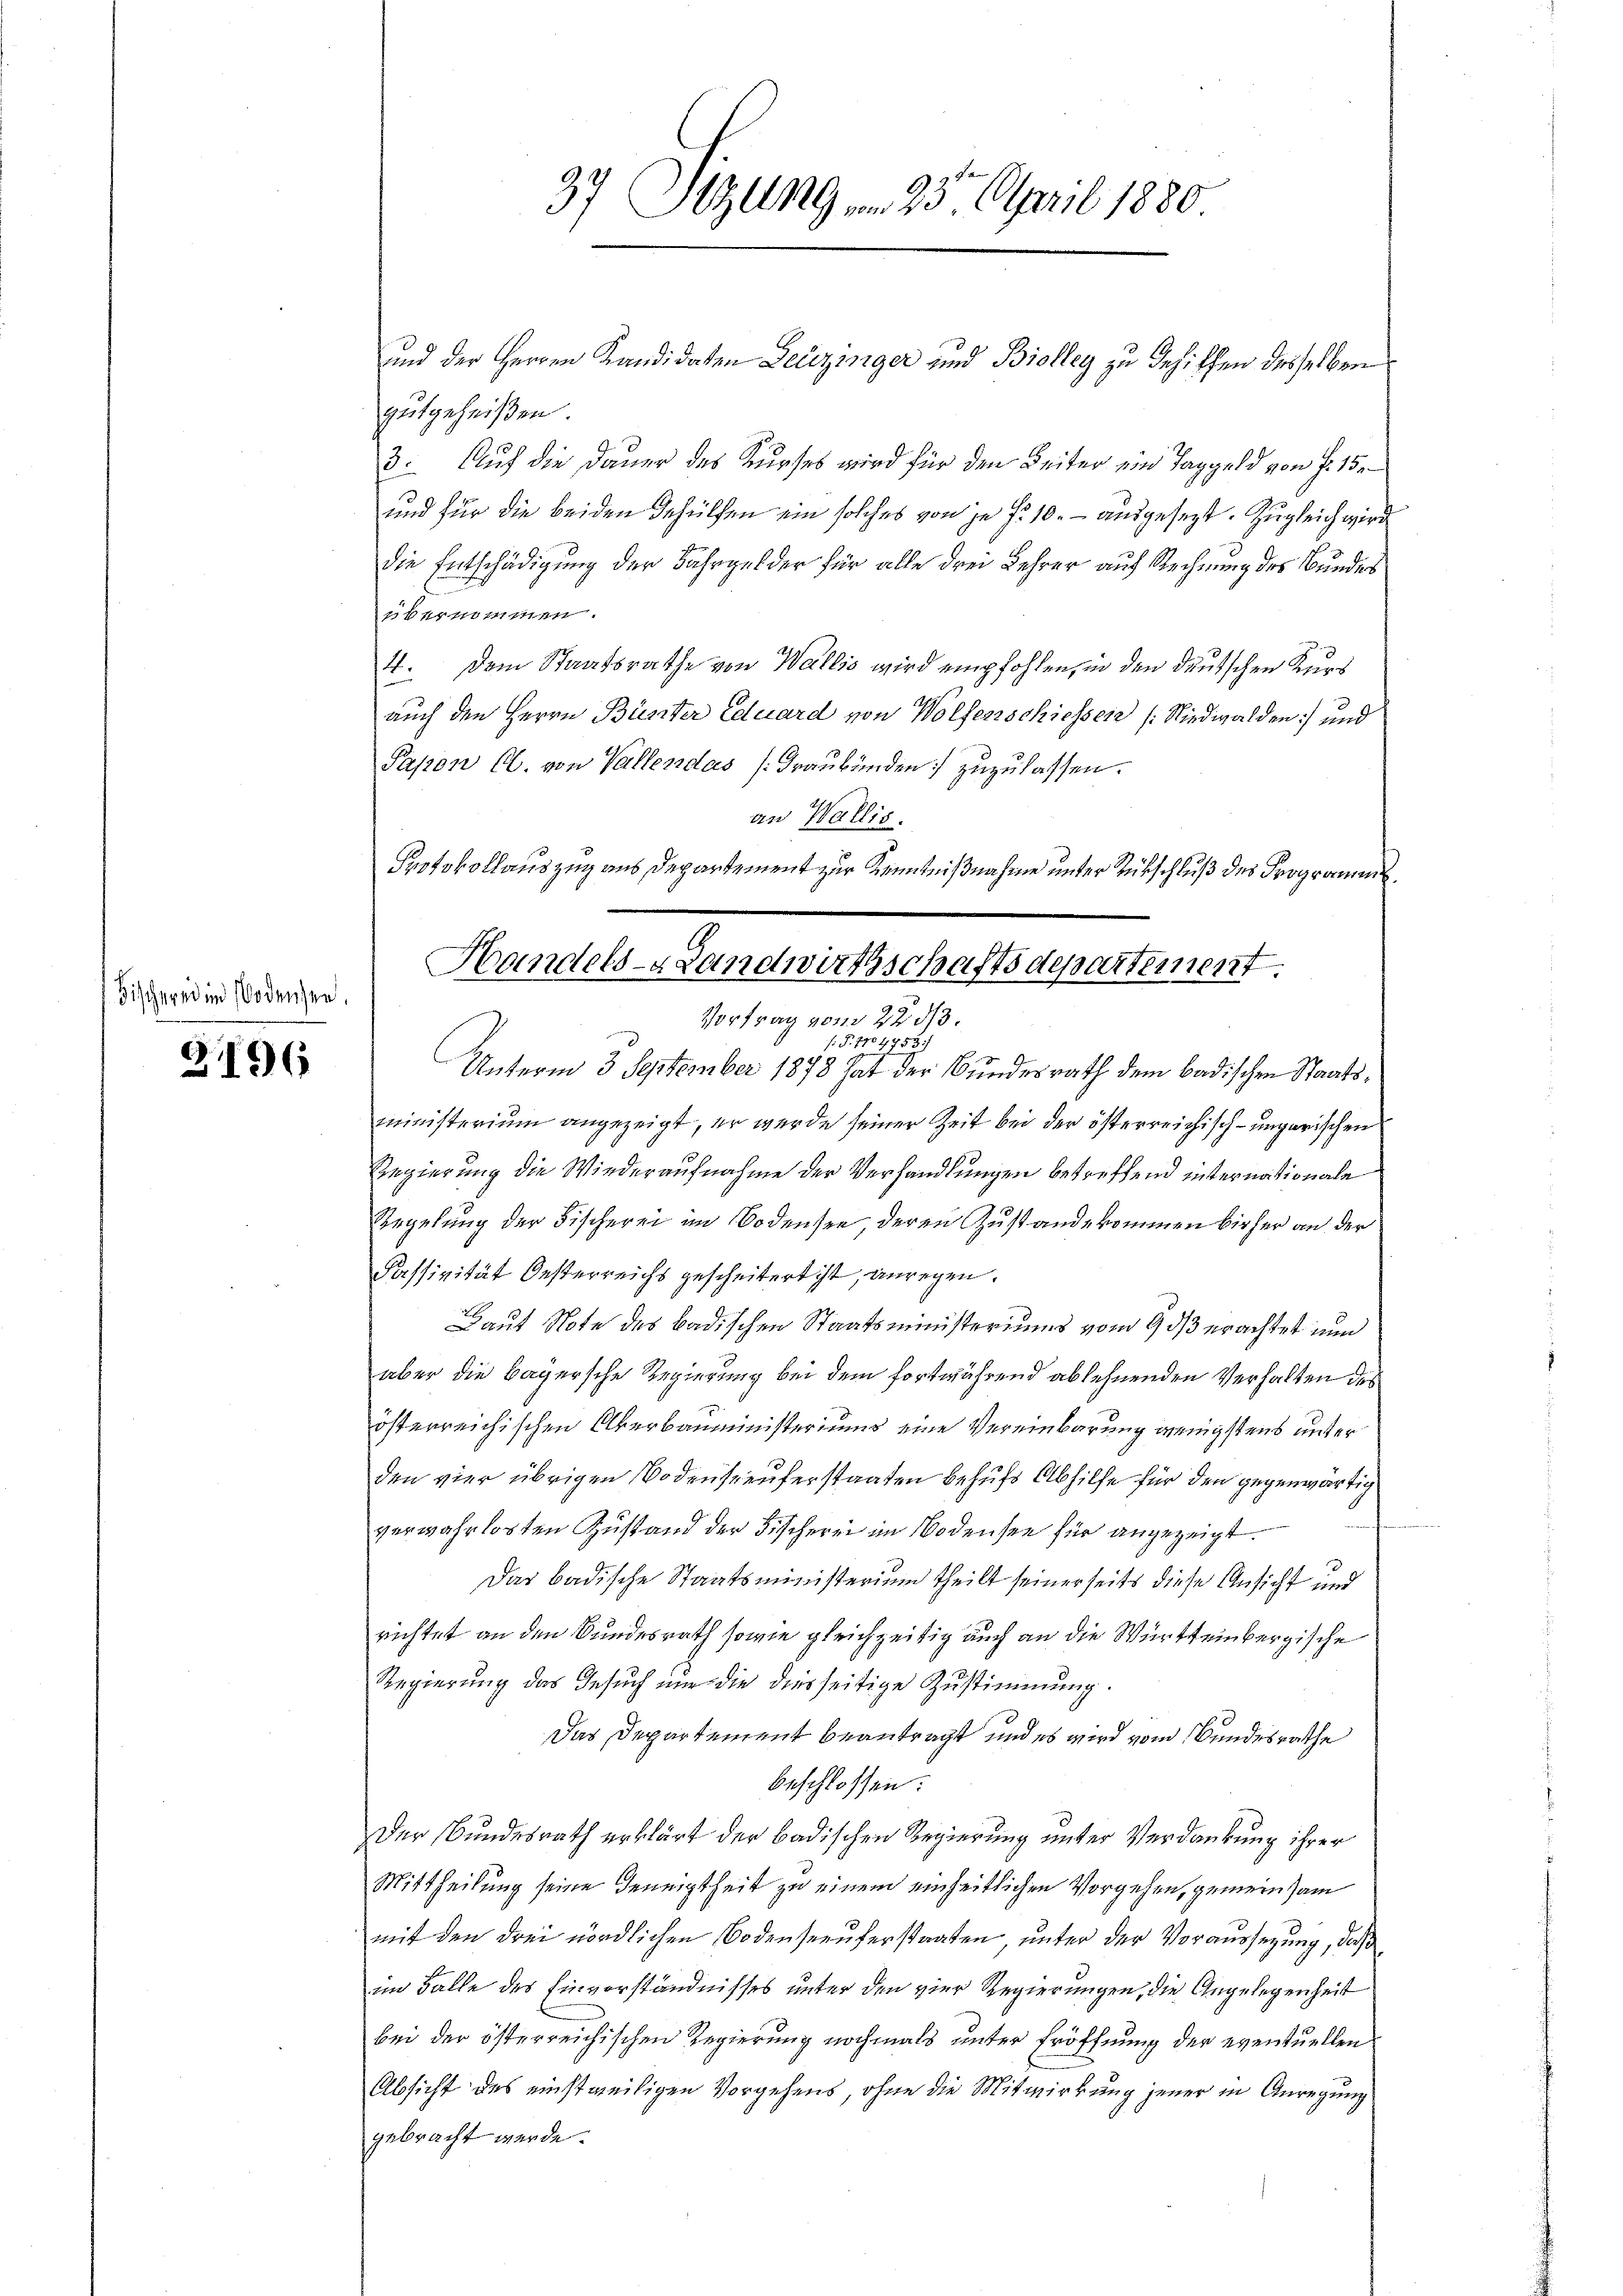
Fischernd in Bodensen.

21196

37 Sizung  23. April 1880

und der Herren Kandidaten Leuzinger und Biolleg zu Gesichen desselben
gutgeheißen.
3. Auf die Dauer des Kurses wird für den Beiter ein Taggeld von P. 15.
und für die beiden Gehülfen ein solches von je f. 10. - ausgesezt. Zugleich wird
die Entschädigung der Fährgelder für alle drei Lehrer auf Rechnung des Bunder
übernommen.
4. Dem Staatsrathe von Wallis wird empfohlen, in den deutschen Kurs
auch den Herrn Büster Eduard von Wolfenschiessen (Nidwalden) und
Papon Al. von Vallendás (Graubünden) zuzulassen.
an Wallis.
Protokollauszug aus Departement zur Kenntnißnahme unter Rückschluß des Programms.
f: P. 7104753;
Unterm 3. September 1878 hat der Bundesrath dem badischen Staatsministerium angezeigt, er werde seiner Zeit bei der österreichisch-ungarischen
Regierung die Wiederaufnahme der Verhandlungen betreffend internationale
Regelung der Fischerei im Bodensee, deren Zustandekommen bisher an der
Kassivität Oesterreichs gescheitert ist, anregen.
Haut Note des Badischen Staatsministeriums vom 9. ds erachtet nun
aber die Bayersche Regierung bei dem fortwährend ablehnenden Verhalten des
österreichischen Überbauministeriums eine Vereinbarung wenigstens unter
den vier übrigen Bodenseeuferstaaten behufs Abhilfe für den gegenwärtig
verwahrlosten Zustand der Fischerei im Bodensee für angezeigt.
Das badische Staatsministerium theilt seinerseits diese Ansicht und
richtet an den Bundesrath sowie gleichzeitig auch an die Württeinbergische
Regierung das Gesuch nur die diesseitige Zustimmung.
Das Departement beantragt, und es wird vom Bundesrathe
beschlossen:
Der Bundesrath erklärt der badischen Regierung unter Verdankung ihrer
Mittheilung seine Geneigtheit zu einem einheitlichen Vorgehen, gemeinsam
mit den drei nördlichen Bodenseeuferstaaten, unter der Voraussezung, daß
im Falle des Einverständnisses unter den vier Regierungen, die Angelegenheit
bei der österreichischen Regierung nochmals unter Eröffnung der eventuellen
Absicht des einstweiligen Vorgehens, ohne die Mitwirkung jener in Anregung
gebracht werde.

Handels-Landwirthschaftsdepartement.
Vortrag vom 22 1/3.